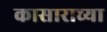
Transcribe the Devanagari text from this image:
कासाराच्या